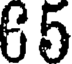
65